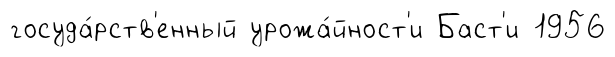
госуда́рств'енный урожа́йност'и Баст'и 1956